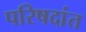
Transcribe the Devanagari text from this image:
परिषदांत